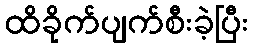
ထိခိုက်ပျက်စီးခဲ့ပြီး